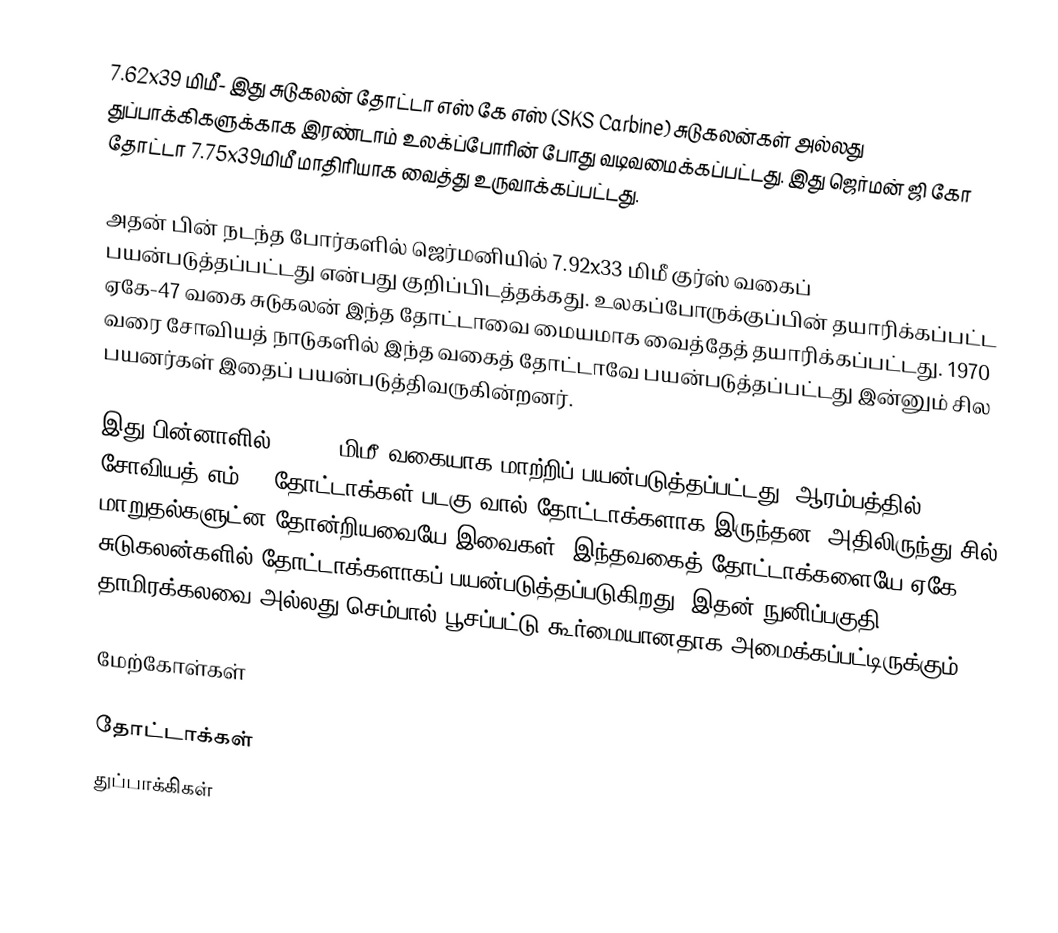
7.62x39 மிமீ- இது சுடுகலன் தோட்டா எஸ் கே எஸ் (SKS Carbine) சுடுகலன்கள் அல்லது துப்பாக்கிகளுக்காக இரண்டாம் உலக்ப்போரின் போது வடிவமைக்கப்பட்டது. இது ஜெர்மன் ஜி கோ தோட்டா 7.75x39மிமீ மாதிரியாக வைத்து உருவாக்கப்பட்டது.

அதன் பின் நடந்த போர்களில் ஜெர்மனியில் 7.92x33 மிமீ குர்ஸ் வகைப் பயன்படுத்தப்பட்டது என்பது குறிப்பிடத்தக்கது. உலகப்போருக்குப்பின் தயாரிக்கப்பட்ட ஏகே-47 வகை சுடுகலன் இந்த தோட்டாவை மையமாக வைத்தேத் தயாரிக்கப்பட்டது. 1970 வரை சோவியத் நாடுகளில் இந்த வகைத் தோட்டாவே பயன்படுத்தப்பட்டது இன்னும் சில பயனர்கள் இதைப் பயன்படுத்திவருகின்றனர்.

இது பின்னாளில் 5.45x39மிமீ வகையாக மாற்றிப் பயன்படுத்தப்பட்டது. ஆரம்பத்தில் சோவியத் எம் 43 தோட்டாக்கள் படகு வால் தோட்டாக்களாக இருந்தன. அதிலிருந்து சில் மாறுதல்களுட்ன தோன்றியவையே இவைகள். இந்தவகைத் தோட்டாக்களையே ஏகே-47 சுடுகலன்களில் தோட்டாக்களாகப் பயன்படுத்தப்படுகிறது. இதன் நுனிப்பகுதி தாமிரக்கலவை அல்லது செம்பால் பூசப்பட்டு கூர்மையானதாக அமைக்கப்பட்டிருக்கும்.

மேற்கோள்கள்

தோட்டாக்கள்
துப்பாக்கிகள்